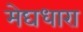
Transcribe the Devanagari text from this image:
मेघधारा